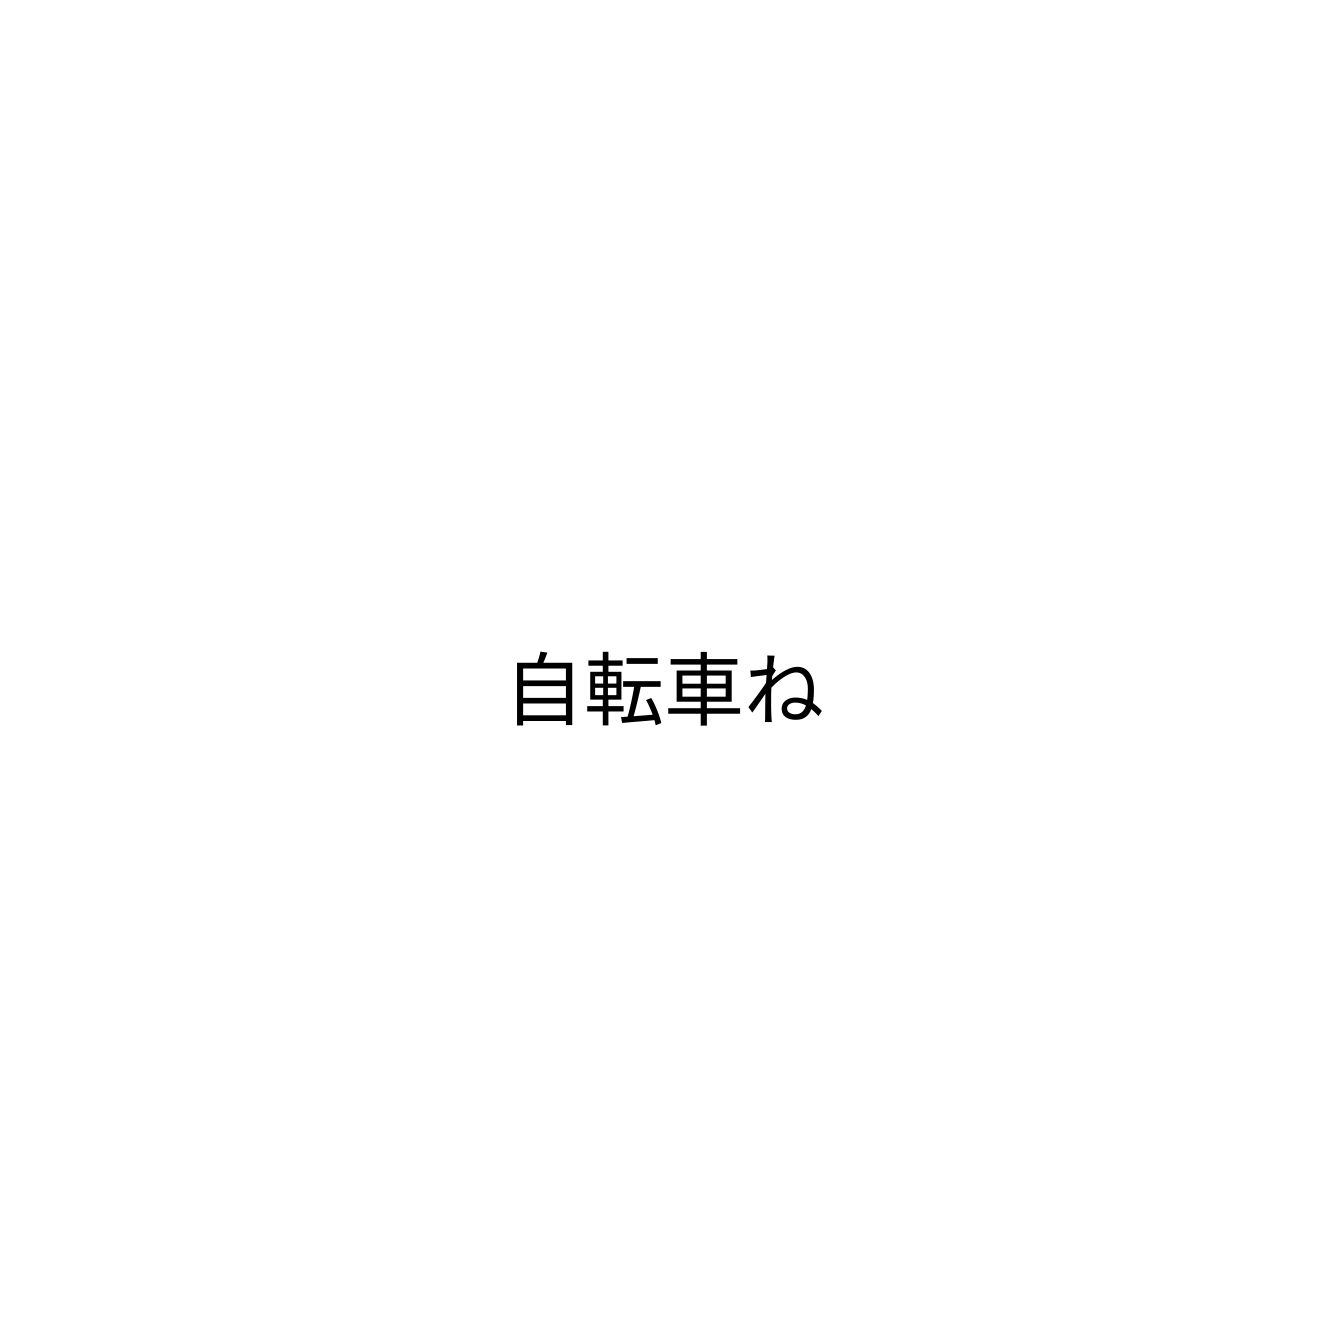
自転車ね